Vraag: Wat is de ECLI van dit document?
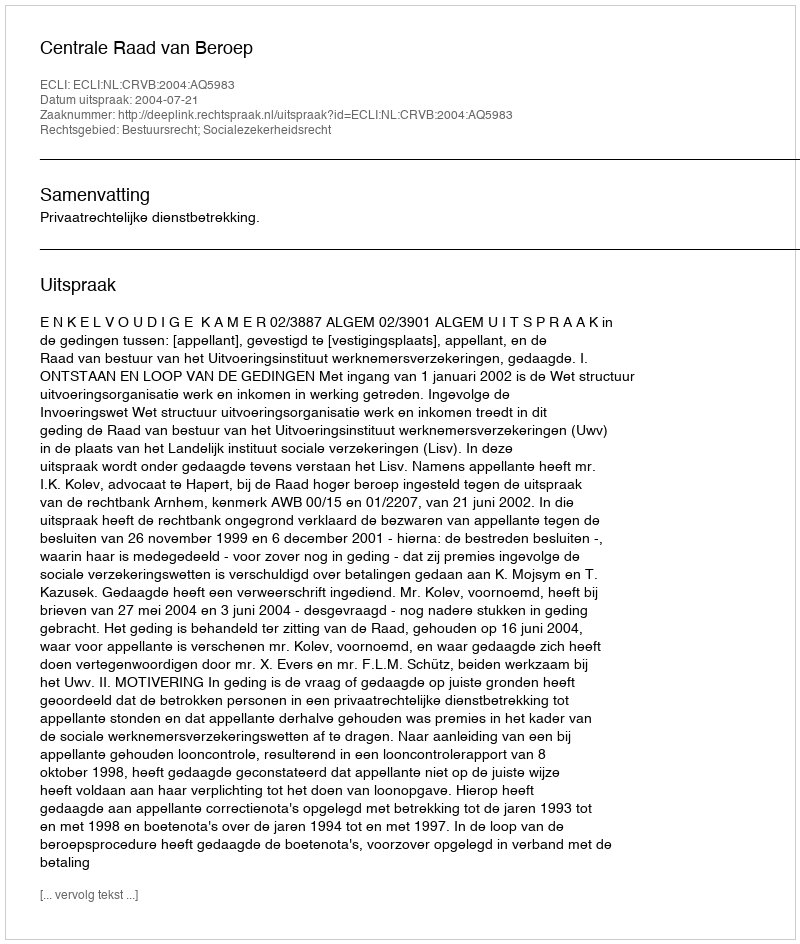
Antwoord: ECLI:NL:CRVB:2004:AQ5983